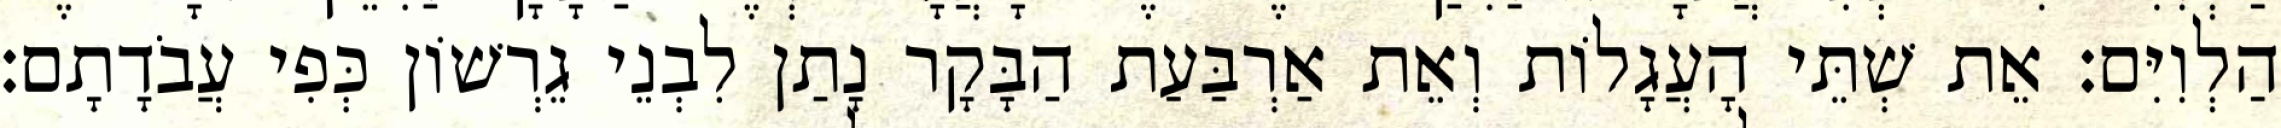
הַלְוִיִּם׃ אֵת שְׁתֵּי הָעֲגָלוֹת וְאֵת אַרְבַּעַת הַבָּקָר נָתַן לִבְנֵי גֵרְשׁוֹן כְּפִי עֲבֹדָתָם׃